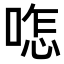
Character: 𠷿